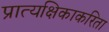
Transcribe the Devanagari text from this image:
प्रात्यक्षिकाकरिता